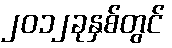
၂၀၁၂ခုနှစ်တွင်